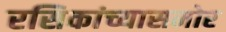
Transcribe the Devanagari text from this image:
रसिकांच्यासमोर